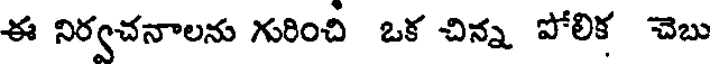
ఈ నిర్వచనాలను గురించి ఒక చిన్న పోలిక చెబు